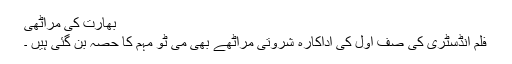
بھارت کی مراٹھی
فلم انڈسٹری کی صف اول کی اداکارہ شروتی مراٹھے بھی می ٹو مہم کا حصہ بن گئی ہیں ۔